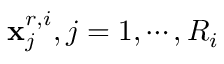
\mathbf { x } _ { j } ^ { r , i } , j = 1 , \cdots , R _ { i }